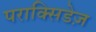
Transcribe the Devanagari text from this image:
पराक्सिडेज़